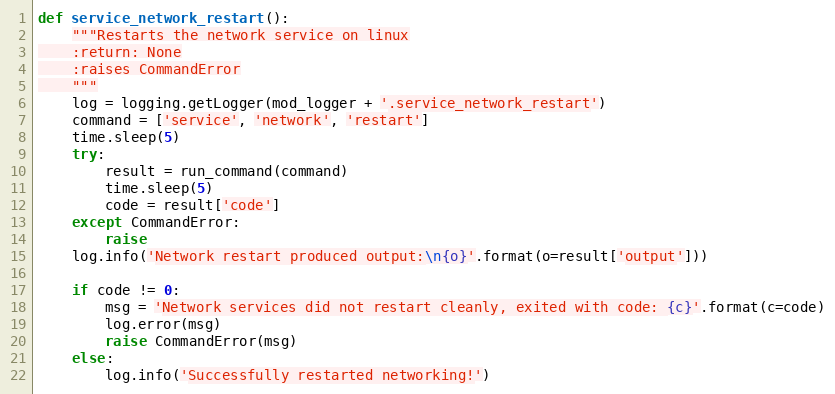
Language: Python
def service_network_restart():
    """Restarts the network service on linux
    :return: None
    :raises CommandError
    """
    log = logging.getLogger(mod_logger + '.service_network_restart')
    command = ['service', 'network', 'restart']
    time.sleep(5)
    try:
        result = run_command(command)
        time.sleep(5)
        code = result['code']
    except CommandError:
        raise
    log.info('Network restart produced output:\n{o}'.format(o=result['output']))

    if code != 0:
        msg = 'Network services did not restart cleanly, exited with code: {c}'.format(c=code)
        log.error(msg)
        raise CommandError(msg)
    else:
        log.info('Successfully restarted networking!')